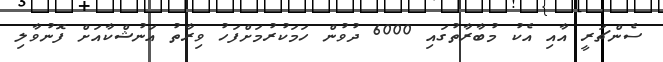
ސެންޗަރީ އާއި އެކު މުބާރާތުގައި 6000 ދުވުން ހަމަކުރުމަށްފަހު ވިރާތު އަނުޝްކާއަށް ފޮނުވާލި